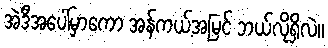
အဲဒီအပေါ်မှာကော အန်ကယ့်အမြင် ဘယ်လိုရှိလဲ။